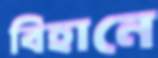
বিহানে